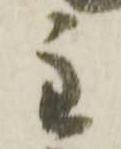
主